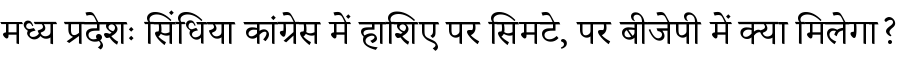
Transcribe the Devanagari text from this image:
मध्य प्रदेशः सिंधिया कांग्रेस में हाशिए पर सिमटे, पर बीजेपी में क्या मिलेगा?